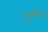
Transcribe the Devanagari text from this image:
टू्रमैन